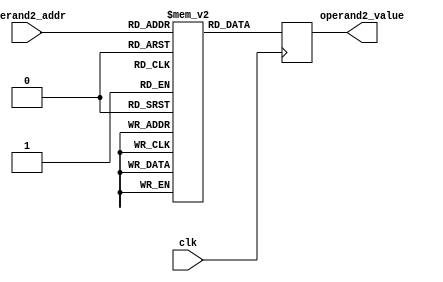
module operand2_memory(
    input clk,
    input [3:0] operand2_addr,
    output reg [15:0] operand2_value
);

// 16   ( )
reg [15:0] memory_array [15:0];

initial begin
    memory_array[0]  = 16'b0100_1101_1010_0011;
    memory_array[1]  = 16'b1011_0010_0101_1100;
    memory_array[2]  = 16'b0001_1111_1001_0110;
    memory_array[3]  = 16'b1110_0000_0110_1001;
    memory_array[4]  = 16'b0011_1001_1100_1010;
    memory_array[5]  = 16'b1101_0110_0011_0101;
    memory_array[6]  = 16'b0010_1011_1111_1000;
    memory_array[7]  = 16'b1000_1100_0000_0111;
    memory_array[8]  = 16'b0111_0001_1010_1101;
    memory_array[9]  = 16'b1001_1110_0101_0010;
    memory_array[10] = 16'b0110_0011_1001_1111;
    memory_array[11] = 16'b1000_1010_0110_0100;
    memory_array[12] = 16'b0101_0101_1011_1011;
    memory_array[13] = 16'b1111_1000_0100_0001;
    memory_array[14] = 16'b0010_0111_1110_0110;
    memory_array[15] = 16'b1101_1001_0001_1001;
end

always @(posedge clk) begin
    operand2_value <= memory_array[operand2_addr];
end

endmodule